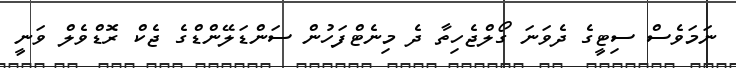
ނަމަވެސް ސިޓީގެ ދެވަނަ ގޯލްޖެހިތާ ދެ މިނެޓްފަހުން ސަންޑަލޭންޑްގެ ޖެކް ރޮޑްވެލް ވަނީ